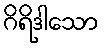
ဂိရိဒါသော